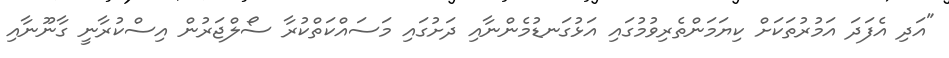
"އަދި އެފަދަ އަމުރުތަކަށް ކިޔަމަންތެރިވުމުގައި އަޅުގަނޑުމެންނާއި ދަށުގައި މަސައްކަތްކުރާ ސޯލްޖަރުން އިސްކުރާނީ ގާނޫނާއި